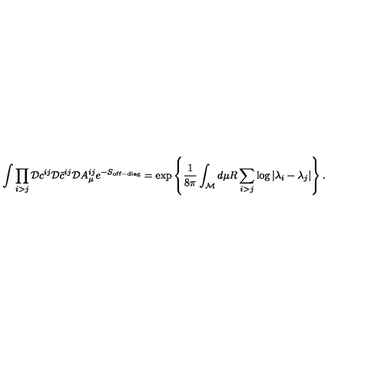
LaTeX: \int \prod _ { i > j } { \cal D } c ^ { i j } { \cal D } \bar { c } ^ { i j } { \cal D } A _ { \mu } ^ { i j } e ^ { - S _ { \mathrm { o f f - d i a g } } } = \exp \left\{ { \frac { 1 } { 8 \pi } } \int _ { \cal M } d \mu R \sum _ { i > j } \log | \lambda _ { i } - \lambda _ { j } | \right\} .